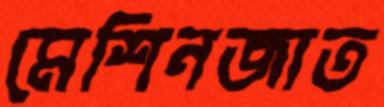
মেশিনজাত